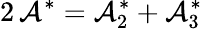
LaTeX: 2\, \mathcal{A}^{\ast}=\mathcal{A}_{2}^{\ast}+\mathcal{A}_{3}^{\ast}